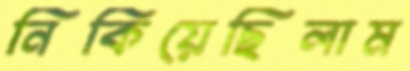
নিকিয়েছিলাম